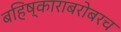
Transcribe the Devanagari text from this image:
बहिष्काराबरोबरच